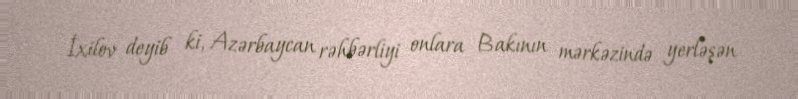
İxilov deyib ki, Azərbaycan rəhbərliyi onlara Bakının mərkəzində yerləşən